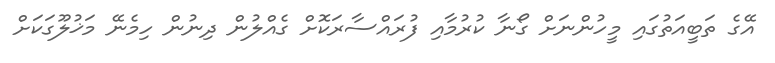
އޭގެ ތަބީއަތުގައި މީހުންނަށް ގޯނާ ކުރުމާއި ފުރައްސާރަކޮށް ގެއްލުން ދިނުން ހިމެނޭ މަޚުލޫގަކަށް